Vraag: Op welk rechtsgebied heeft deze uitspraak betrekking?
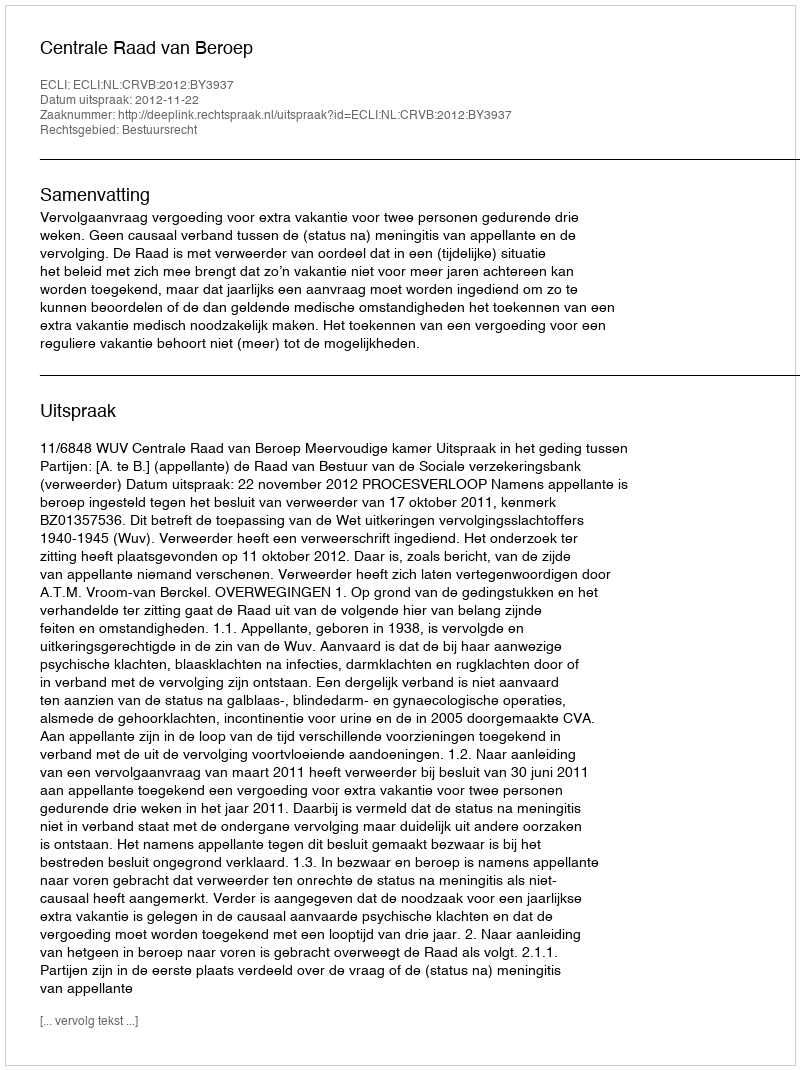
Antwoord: Bestuursrecht